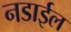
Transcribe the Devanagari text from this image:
नडाईल